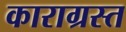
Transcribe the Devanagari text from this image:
काराग्रस्त